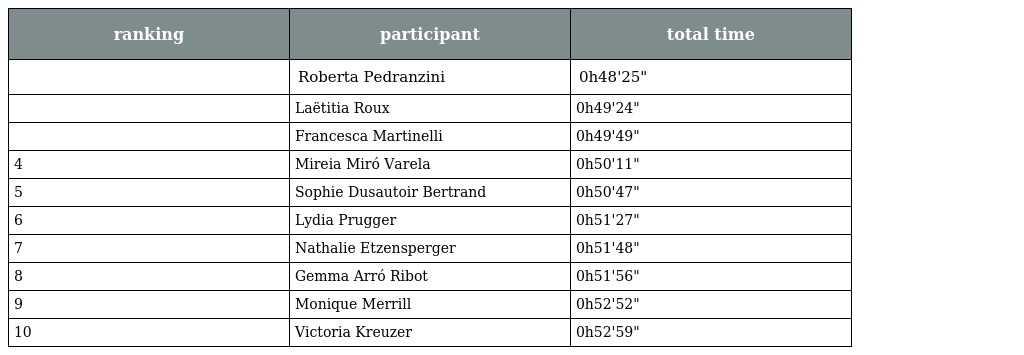
| ranking | participant | total time |
 | --- | --- | --- |
 |  | Roberta Pedranzini | 0h48'25" |
 |  | Laëtitia Roux | 0h49'24" |
 |  | Francesca Martinelli | 0h49'49" |
 | 4 | Mireia Miró Varela | 0h50'11" |
 | 5 | Sophie Dusautoir Bertrand | 0h50'47" |
 | 6 | Lydia Prugger | 0h51'27" |
 | 7 | Nathalie Etzensperger | 0h51'48" |
 | 8 | Gemma Arró Ribot | 0h51'56" |
 | 9 | Monique Merrill | 0h52'52" |
 | 10 | Victoria Kreuzer | 0h52'59" |